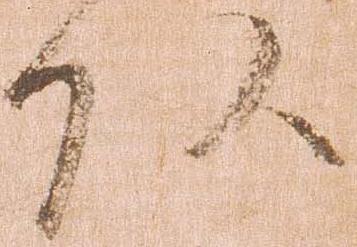
頭